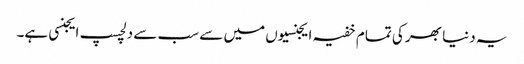
یہ دنیا بھر کی تمام خفیہ ایجنسیوں میں سے سب سے دلچسپ ایجنسی ہے۔